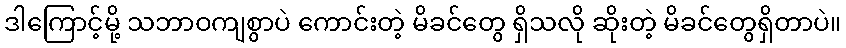
ဒါကြောင့်မို့ သဘာဝကျစွာပဲ ကောင်းတဲ့ မိခင်တွေ ရှိသလို ဆိုးတဲ့ မိခင်တွေရှိတာပဲ။